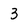
Character: 3